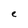
Character: e